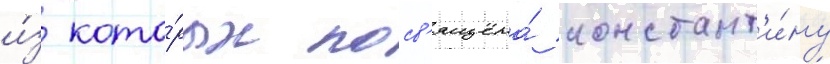
и́з кото́рых посв'ящена́ констант'и́ну